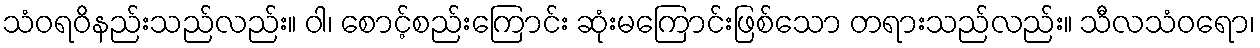
သံဝရဝိနည်းသည်လည်း။ ဝါ၊ စောင့်စည်းကြောင်း ဆုံးမကြောင်းဖြစ်သော တရားသည်လည်း။ သီလသံဝရော၊